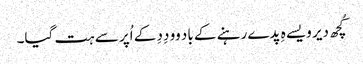
کُچھ دیر ویسے ہِ پدے رہنے کے باد وو دِدِ کے اُپر سے ہت گیا۔